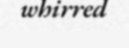
whirred